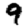
Digit: 9